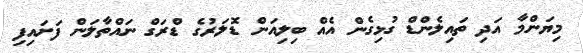
މިޔަންމާ އަދި ތައިލެންޑް ގުޅިގެން އެއް ބިލިއަން ޑޮލަރުގެ ޑްރަގް ނައްތާލަން ފަށައިފި